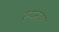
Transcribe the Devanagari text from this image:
रूपनवर